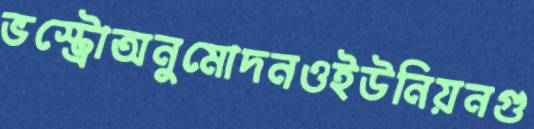
ভস্ট্রোঅনুমোদনওইউনিয়নগু